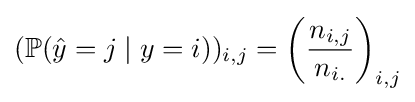
(\mathbb {P} ({\hat {y}}=j\mid y=i))_{i,j}=\left({\frac {n_{i,j}}{n_{i.}}}\right)_{i,j}